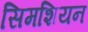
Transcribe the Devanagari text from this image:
सिमशियन